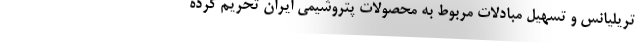
تریلیانس و تسهیل مبادلات مربوط به محصولات پتروشیمی ایران تحریم کرده